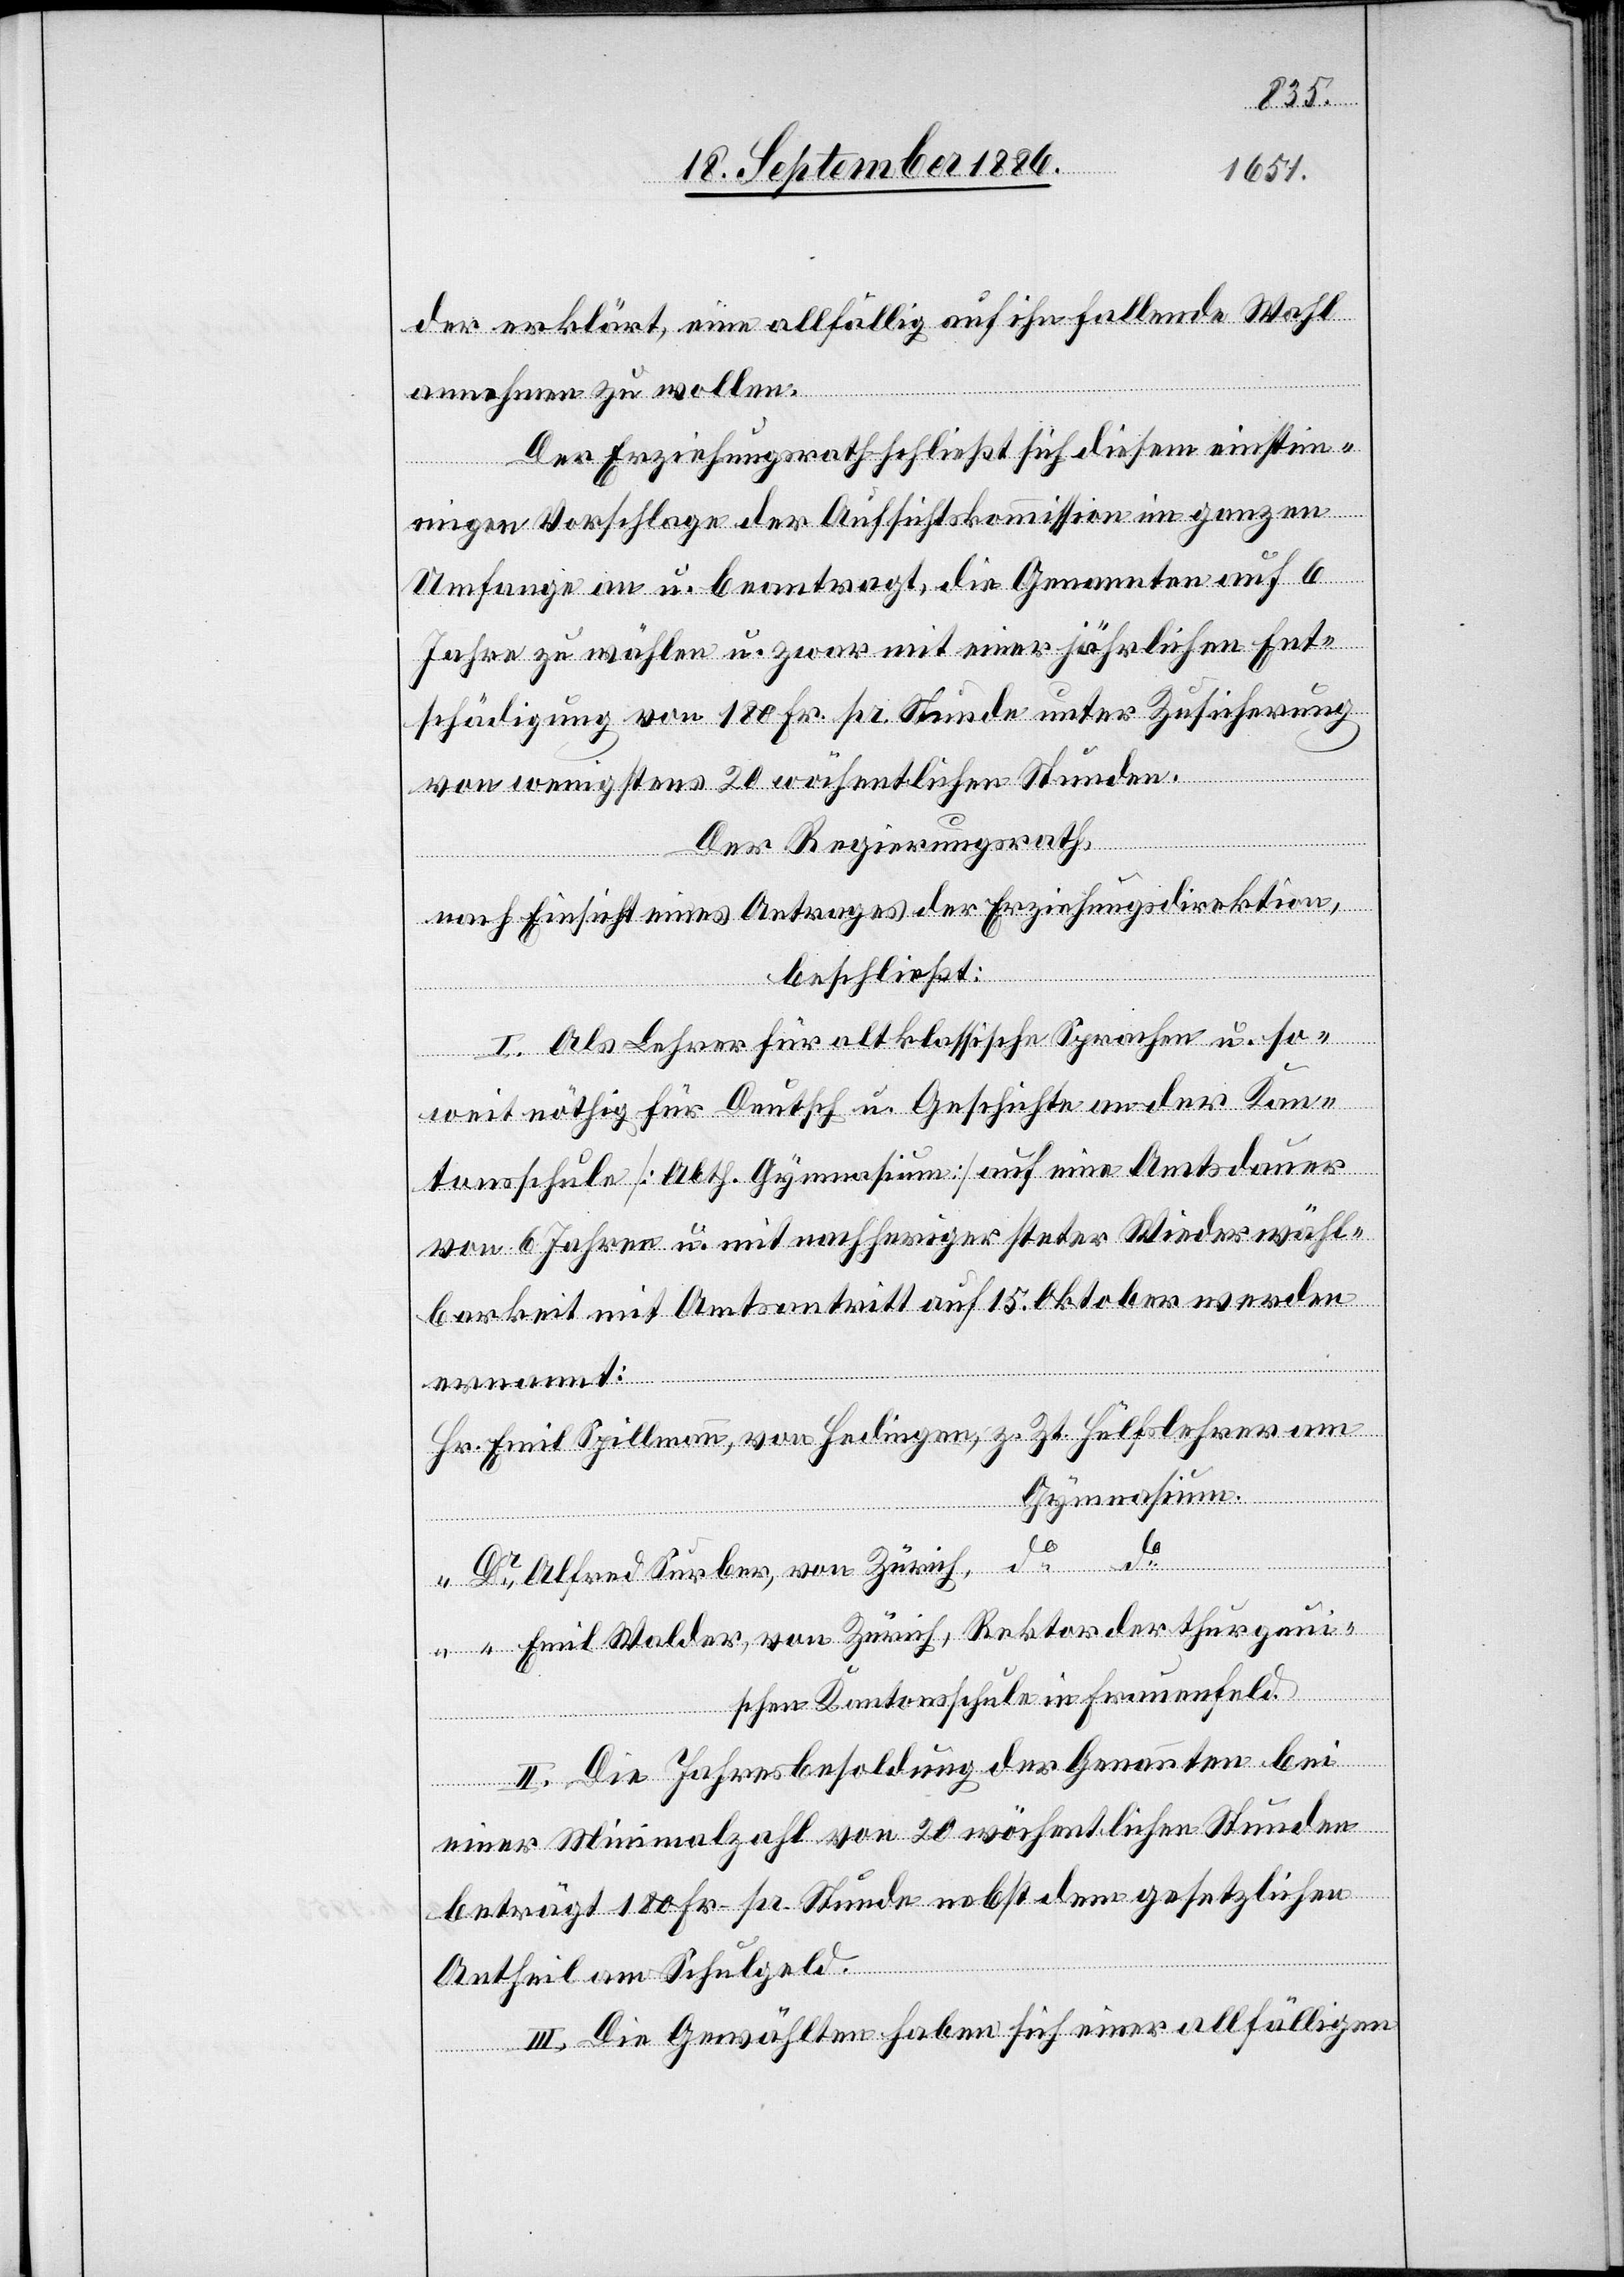
der erklärt, eine allfällig auf ihn fallende Wahl
annehmen zu wollen.
Der Erziehungsrath schließt sich diesem einstim¬
migen Vorschlage der Aufsichtskommission im ganzen
Umfange an u. beantragt, die Genannten auf 6
Jahre zu wählen u. zwar mit einer jährlichen Ent¬
schädigung von 180 Fr. pr. Stunde unter Zusicherung
von wenigstens 20 wöchentlichen Stunden.
Der Regierungsrath,
nach Einsicht eines Antrages der Erziehungsdirektion,
beschließt:
I. Als Lehrer für altklassische Sprachen u. so¬
weit nöthig für Deutsch u. Geschichte an der Kan¬
tonsschule [Abth. Gymnasium] auf eine Amtsdauer
von 6 Jahren u. mit nachheriger steter Wiederwähl¬
barkeit mit Amtsantritt auf 15. Oktober werden
ernannt:
Hr. Emil Spillmann,v. Hedingen, z. Zt. Hülfslehrer am
Gymnasium.
“ Dr Alfred Surber, von Zürich, do do
“ Dr Emil Walder, von Zürich, Rektor der thurgaui¬
schen Kantonsschule in Frauenfeld.
II. Die Jahresbesoldung der Genannten bei
einer Minimalzahl von 20 wöchentlichen Stunden
beträgt 180 Fr. pr. Stunde nebst dem gesetzlichen
Antheil am Schulgeld.
III. Die Gewählten haben sich einer allfälligen